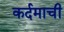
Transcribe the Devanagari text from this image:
कर्दमाची